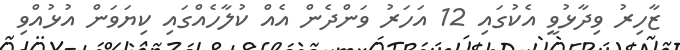
ޒާހިރު ވިދާޅުވީ އެކުގައި 12 އަހަރު ވަންދެން އެއް ކުލާހެއްގައި ކިޔަވަން އުޅުއްވި